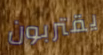
يقتربون